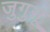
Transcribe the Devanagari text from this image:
जुगुनू